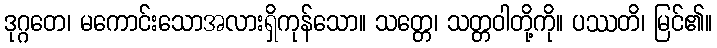
ဒုဂ္ဂတေ၊ မကောင်းသောအလားရှိကုန်သော။ သတ္တေ၊ သတ္တဝါတို့ကို။ ပဿတိ၊ မြင်၏။